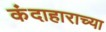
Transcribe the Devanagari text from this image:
कंदाहाराच्या